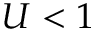
U < 1